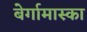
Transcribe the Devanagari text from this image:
बेर्गामास्का